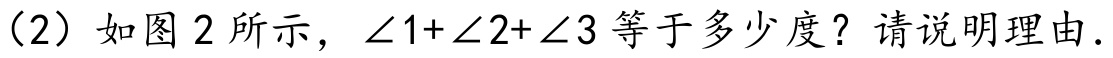
（2）如图 2 所示，\(\angle1 + \angle2+\angle3\)等于多少度？请说明理由.